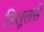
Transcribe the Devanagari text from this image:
त्रिशूलसे